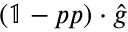
\left( \mathbb { 1 } - \boldsymbol { p } \boldsymbol { p } \right) \cdot \boldsymbol { \hat { g } }